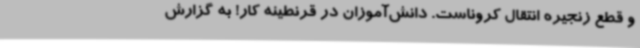
و قطع زنجیره انتقال کروناست. دانش‌آموزان در قرنطینه کار! به گزارش